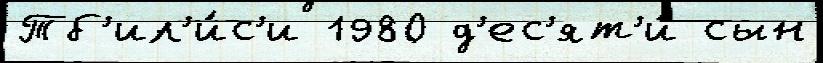
Тб'ил'и́с'и 1980 д'ес'ят'и́ сын